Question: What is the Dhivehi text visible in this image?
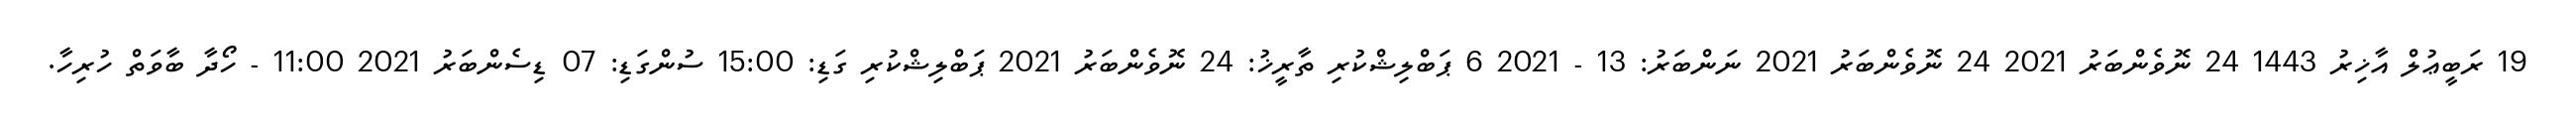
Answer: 19 ރަބީޢުލް އާޚިރު 1443 24 ނޮވެންބަރު 2021 24 ނޮވެންބަރު 2021 ނަންބަރު: 13 - 2021 6 ޕަބްލިޝްކުރި ތާރީޚު: 24 ނޮވެންބަރު 2021 ޕަބްލިޝްކުރި ގަޑި: 15:00 ސުންގަޑި: 07 ޑިސެންބަރު 2021 11:00 - ހޯދާ ބާވަތް ހުރިހާ.